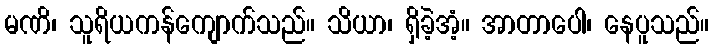
မဏိ၊ သူရိယကန်ကျောက်သည်။ သိယာ၊ ရှိခဲ့အံ့။ အာတာပေါ၊ နေပူသည်။